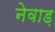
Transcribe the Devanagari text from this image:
नेवाड़